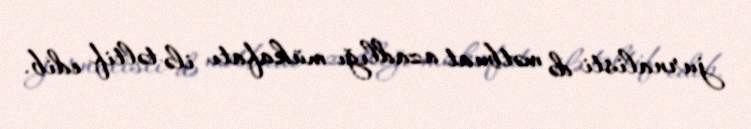
jurnalisti də mətbuat azadlığı mükafatı ilə təltif edib.